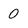
Character: 0